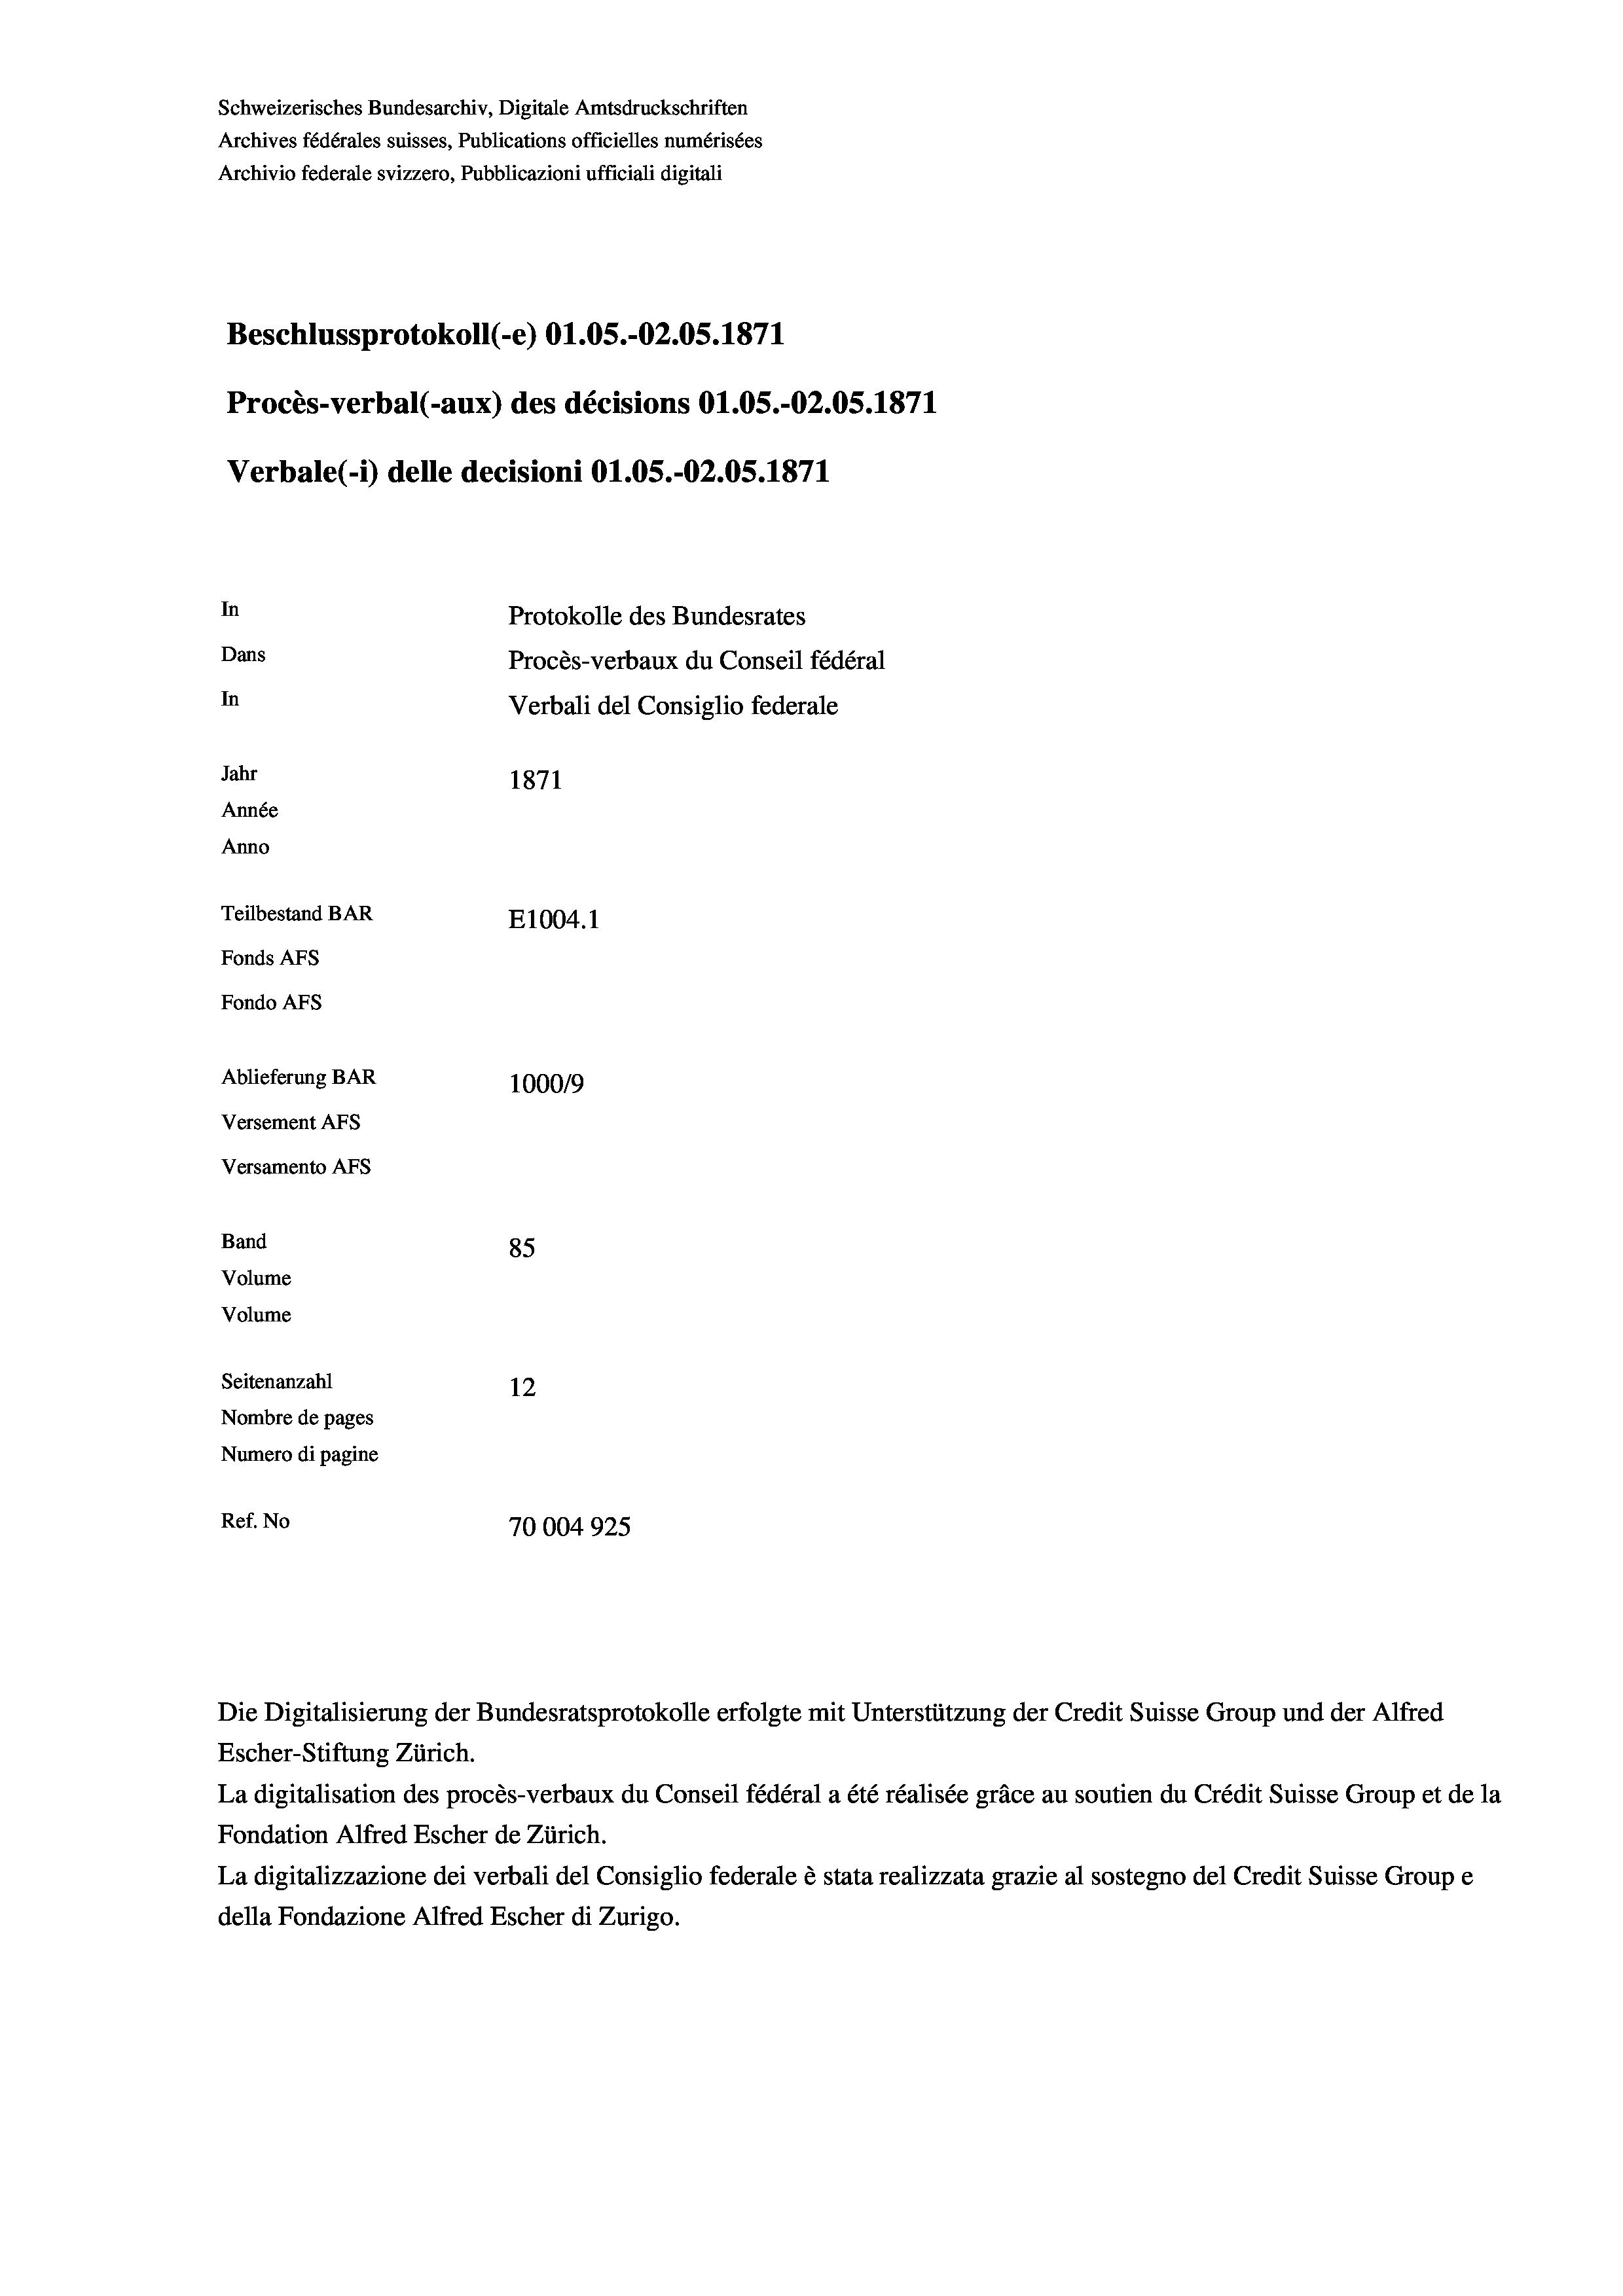
Schweizerisches Bundesarchiv, Digitale Amtsdruckschriften
Archives fédérales suisses, Publications officielles numérisées
Archivio federale svizzero, Pubblicazioni ufficiali digitali
Beschlussprotokoll (-e) O1.05.-O2.05. 1871
Procès-verbal (-aux) des décisions O1.05.-O2.05. 1871
Verbale(1) delle decisioni O1.05.-02.05. 1871
In
Protokolle des Bundesrates
Dans
Procès-verbaux du Conseil fédéral
In
Verbali del Consiglio federale
Jahr
1871
Année
Anno
Teilbestand BAR
E1004. 1
Fonds AFs
Fondo AFs
Ablieferung BAR
100019
Versement AFs
Versamento Afs
Band
85
Volume
Volume

Seitenanzahl
12
Nombre de pages
Numero di pagine
Ref. No
70004925

Escher-Stiftung Zürich.
La digitalisation des procès-verbaux du Conseil fédéral a été réalisée gräce au soutien du Crédit Suisse Group et de la
Fondation Alfred Escher de Zürich.
La digitalizzazione dei verbali del Consiglio federale è stata realizzata grazie al sostegno del Credit Suisse Groupe
della Fondazione Alfred Escher di Zurigo.

Die Digitalisierung der Bundesratsprotokolle erfolgte mit Unterstützung der Credit Suisse Group und der Alfred